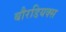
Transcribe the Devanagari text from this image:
बौरडियक्स